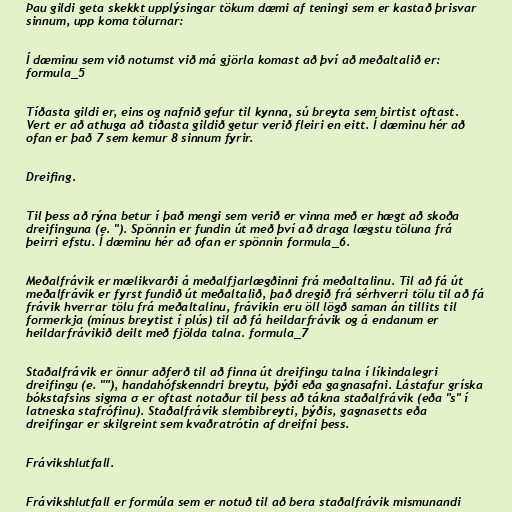
Þau gildi geta skekkt upplýsingar tökum dæmi af teningi sem er kastað þrisvar
sinnum, upp koma tölurnar:

Í dæminu sem við notumst við má gjörla komast að því að meðaltalið er:
formula_5

Tíðasta gildi er, eins og nafnið gefur til kynna, sú breyta sem birtist oftast.
Vert er að athuga að tíðasta gildið getur verið fleiri en eitt. Í dæminu hér að
ofan er það 7 sem kemur 8 sinnum fyrir.

Dreifing.

Til þess að rýna betur í það mengi sem verið er vinna með er hægt að skoða
dreifinguna (e. "). Spönnin er fundin út með því að draga lægstu töluna frá
þeirri efstu. Í dæminu hér að ofan er spönnin formula_6.

Meðalfrávik er mælikvarði á meðalfjarlægðinni frá meðaltalinu. Til að fá út
meðalfrávik er fyrst fundið út meðaltalið, það dregið frá sérhverri tölu til að fá
frávik hverrar tölu frá meðaltalinu, frávikin eru öll lögð saman án tillits til
formerkja (mínus breytist í plús) til að fá heildarfrávik og á endanum er
heildarfrávikið deilt með fjölda talna. formula_7

Staðalfrávik er önnur aðferð til að finna út dreifingu talna í líkindalegri
dreifingu (e. ""), handahófskenndri breytu, þýði eða gagnasafni. Lástafur gríska
bókstafsins sigma σ er oftast notaður til þess að tákna staðalfrávik (eða "s" í
latneska stafrófinu). Staðalfrávik slembibreyti, þýðis, gagnasetts eða
dreifingar er skilgreint sem kvaðratrótin af dreifni þess.

Frávikshlutfall.

Frávikshlutfall er formúla sem er notuð til að bera staðalfrávik mismunandi